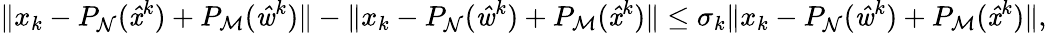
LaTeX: \| x_{k}-P_{\mathrm{\mathcal{N}}}(\mathit{\hat{x}}^{k})+P_{\mathrm{\mathcal{M}}}(\mathit{\hat{w}}^{k})\| -\| x_{k}-P_{\mathrm{\mathcal{N}}}(\mathit{\hat{w}}^{k})+P_{\mathrm{\mathcal{M}}}(\mathit{\hat{x}}^{k})\| \leq\sigma_{k}\| x_{k}-P_{\mathrm{\mathcal{N}}}(\mathit{\hat{w}}^{k})+P_{\mathrm{\mathcal{M}}}(\mathit{\hat{x}}^{k})\| ,